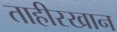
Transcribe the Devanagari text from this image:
ताहीरखान